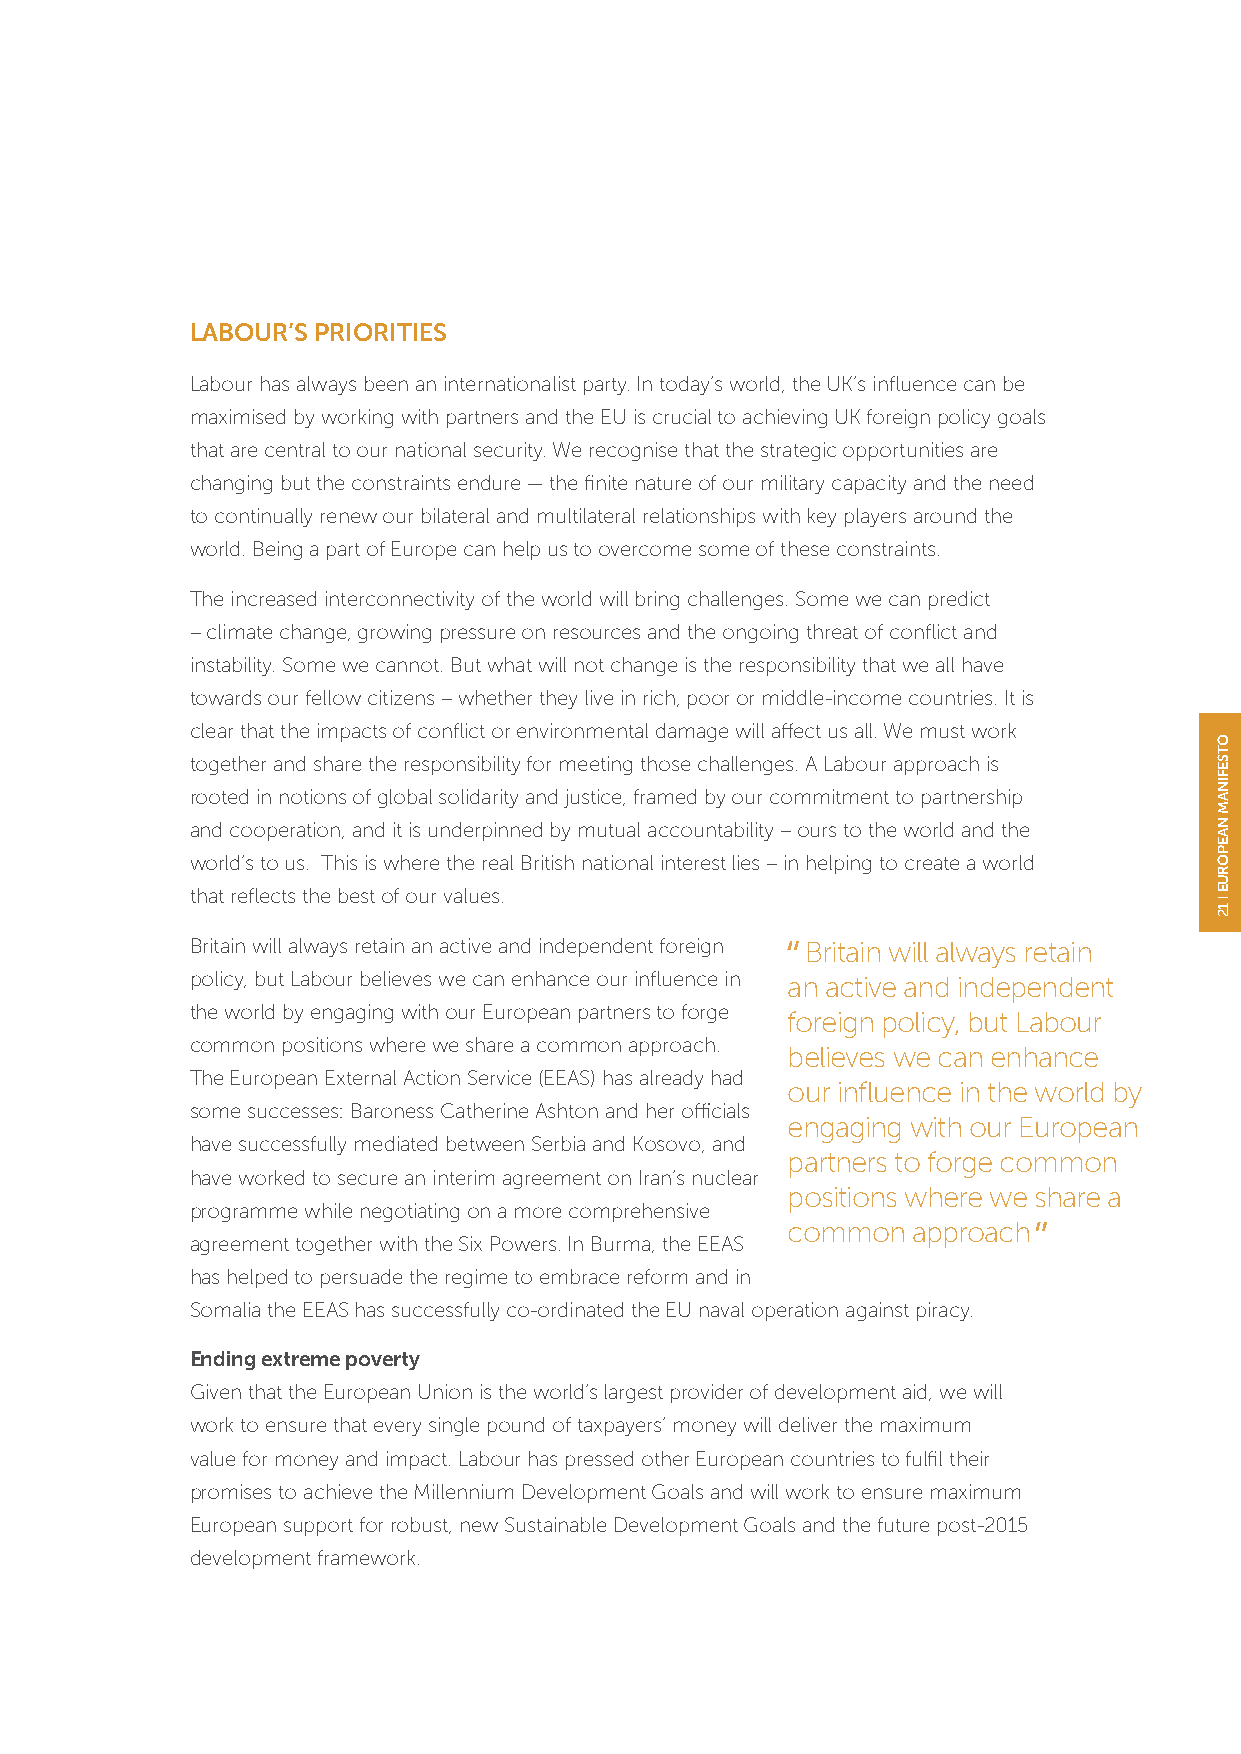
LABOUR’S PRIORITIES
 Labour has always been an internationalist party. In today’s world, the UK’s influence can be
 maximised by working with partners and the EU is crucial to achieving UK foreign policy goals
 that are central to our national security. We recognise that the strategic opportunities are
 changing but the constraints endure — the finite nature of our military capacity and the need
 to continually renew our bilateral and multilateral relationships with key players around the
 world. Being a part of Europe can help us to overcome some of these constraints.
 The increased interconnectivity of the world will bring challenges. Some we can predict
 – climate change, growing pressure on resources and the ongoing threat of conflict and
 instability. Some we cannot. But what will not change is the responsibility that we all have
 towards our fellow citizens – whether they live in rich, poor or middle-income countries. It is
 clear that the impacts of conflict or environmental damage will affect us all. We must work
 together and share the responsibility for meeting those challenges. A Labour approach is
 rooted in notions of global solidarity and justice, framed by our commitment to partnership
 and cooperation, and it is underpinned by mutual accountability – ours to the world and the
 world’s to us. This is where the real British national interest lies – in helping to create a world
 that reflects the best of our values.
 Britain will always retain an active and independent foreign Britain will always retain
 policy, but Labour believes we can enhance our influence in an active and independent
 the world by engaging with our European partners to forge
 foreign policy, but Labour
 common positions where we share a common approach.
 believes we can enhance
 The European External Action Service (EEAS) has already had
 our influence in the world by
 some successes: Baroness Catherine Ashton and her officials
 engaging with our European
 have successfully mediated between Serbia and Kosovo, and
 partners to forge common
 have worked to secure an interim agreement on Iran’s nuclear
 positions where we share a
 programme while negotiating on a more comprehensive
 common  approach
 agreement together with the Six Powers. In Burma, the EEAS
 has helped to persuade the regime to embrace reform and in
 Somalia the EEAS has successfully co-ordinated the EU naval operation against piracy.
 Ending extreme poverty
 Given that the European Union is the world’s largest provider of development aid, we will
 work to ensure that every single pound of taxpayers’ money will deliver the maximum
 value for money and impact. Labour has pressed other European countries to fulfil their
 promises to achieve the Millennium Development Goals and will work to ensure maximum
 European support for robust, new Sustainable Development Goals and the future post-2015
 development framework.
 OTSEFINAM
 NAEPORUE
 12